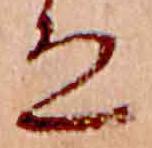
ゑ